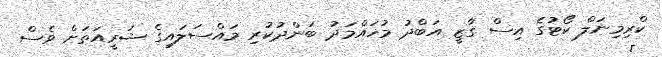
ކްރިމިނަލް ކޯޓުގެ އިސް ގާޒީ އަބްދު މުހައްމަދު ބަންދުކުރި މައްސަލައިގެ ޝަރީއަތަށް ވެސް